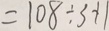
= 1 0 8 \div 3 + 1